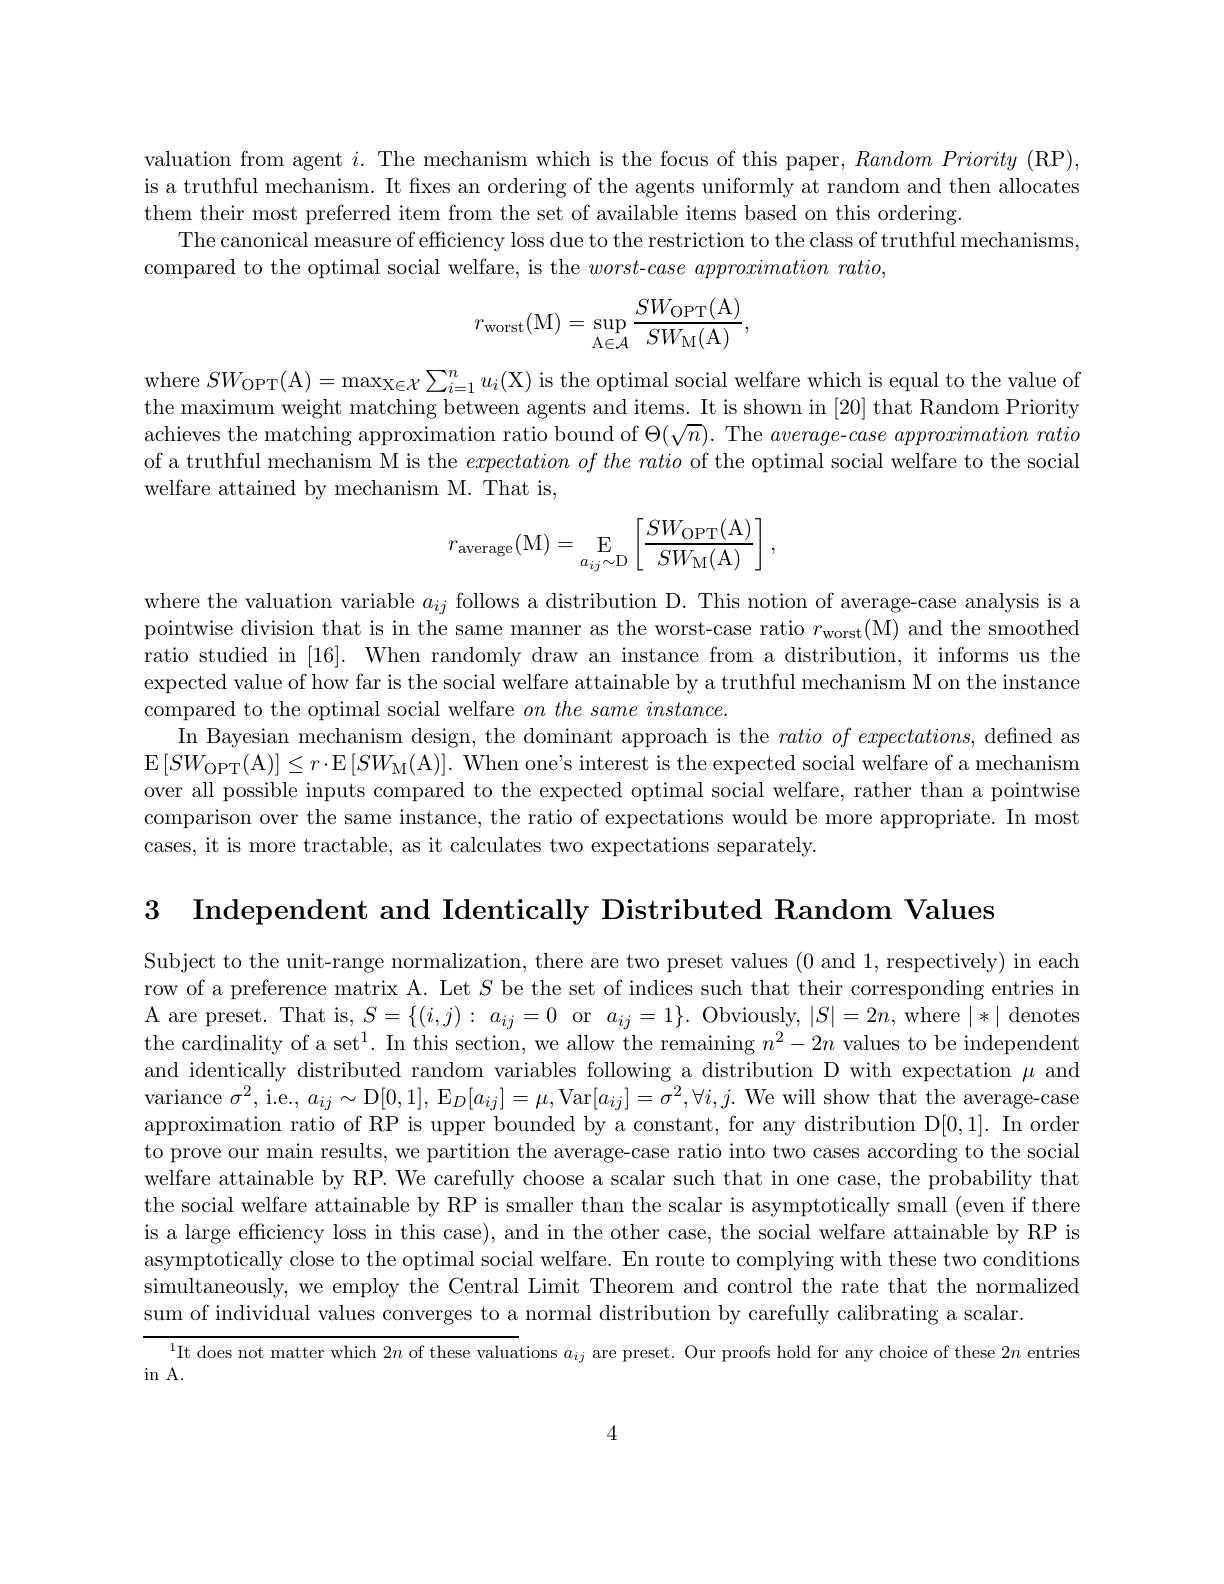
valuation from agent $i.$ The mechanism which is the focus of this paper, $Random\textit{Priority( RP) }$, is a truthful mechanism. It fixes an ordering of the agents uniformly at random and then allocates them their most preferred item from the set of available items based on this ordering.
The canonical measure of efficiency loss due to the restriction to the class of truthful mechanisms,
compared to the optimal social welfare, is the $worst- case\textit{approximation ratio, }$
$$r_{\mathrm{worst}}(\mathrm{M})=\operatorname*{sup}_{\mathrm{A}\in\mathcal{A}}\frac{SW_{\mathrm{OPT}}(\mathrm{A})}{SW_{\mathrm{M}}(\mathrm{A})},$$
where $SW_{\mathrm{OPT}}($A$)=\max_{\mathrm{X\in\mathcal{X}}}\sum_{i=1}^nu_i($X) is the optimal social welfare which is equal to the value of the maximum weight matching between agents and items. It is shown in [20] that Random Priority achieves the matching approximation ratio bound of $\Theta(\sqrt{n}).$ The average-case approximation ratio of a truthful mechanism M is the $expectation\textit{ of the ratio of the optimal social welfare to the social}$ welfare attained by mechanism M. That is,
$$r_{\mathrm{average}}(\mathrm{M})=\underset{a_{ij}\sim\mathrm{D}}{\operatorname*{E}}\left[\frac{SW_{\mathrm{OPT}}(\mathrm{A})}{SW_{\mathrm{M}}(\mathrm{A})}\right],$$
where the valuation variable $a_ij$ follows a distribution D. This notion of average-case analysis is a pointwise division that is in the same manner as the worst-case ratio $r_\mathrm{worst}($M) and the smoothed ratio studied in [16]. When randomly draw an instance from a distribution, it informs us the expected value of how far is the social welfare attainable by a truthful mechanism M on the instance compared to the optimal social welfare $on\textit{ the same instance. }$
In Bayesian mechanism design, the dominant approach is the $ratioof\textit{expectations, defined as}$ $\operatorname{E}\left[SW_{\mathrm{OPT}}(\mathrm{A})\right]\leq r\cdot\operatorname{E}\left[SW_{\mathrm{M}}(\mathrm{A})\right].$ When one's interest is the expected social welfare of a mechanism over all possible inputs compared to the expected optimal social welfare, rather than a pointwise comparison over the same instance, the ratio of expectations would be more appropriate. In most cases, it is more tractable, as it calculates two expectations separately.

3 Independent and Identically Distributed Random Values

Subject to the unit-range normalization, there are two preset values (0 and 1,respectively) in each row of a preference matrix A. Let $S$ be the set of indices such that their corresponding entries in A are preset. That is, $S= \{ ( i, j) : a_{ij}= 0$ or $a_ij= 1\} .$ Obviously, $|S|=2n$,where |*| denotes the cardinality of a set$^1.$ In this section, we allow the remaining $n^2-2n$ values to be independent and identically distributed random variables following a distribution D with expectation $\mu$ and variance $\sigma^2$, i.e., $a_ij\sim$D[0,1], E$_D[a_{ij}]=\mu$,Var$[a_{ij}]=\sigma^2,\forall i,j.$ We will show that the average-case approximation ratio of RP is upper bounded by a constant, for any distribution D[0,1]. In order to prove our main results, we partition the average-case ratio into two cases according to the social welfare attainable by RP. We carefully choose a scalar such that in one case, the probability that the social welfare attainable by RP is smaller than the scalar is asymptotically small (even if there is a large efficiency loss in this case), and in the other case, the social welfare attainable by RP is asymptotically close to the optimal social welfare. En route to complying with these two conditions simultaneously, we employ the Central Limit Theorem and control the rate that the normalized sum of individual values converges to a normal distribution by carefully calibrating a scalar.

$^{\text{ It does not matter which }2n\text{ of these valuations }a_{ij}\text{ are preset. Our proofs hold for any choice of these }2n\text{ entries}^{\text{ I}}{\text{It does not matter which }2n\text{ of these valuations }a_{ij}\text{ are preset. Our proofs hold for any }\text{choice of these }2n}}$

in A.

4